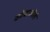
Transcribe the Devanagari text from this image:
कोवाकोले